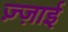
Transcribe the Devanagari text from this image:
ज़्ज़ाई